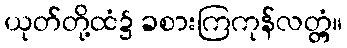
ယုတ်တို့ထံ၌ ခစားကြကုန်လတ္တံ့။